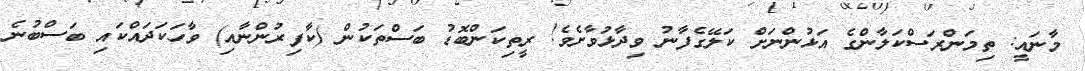
މާނައީ: ތިމަންރަސްްކަލާންގެ އަޅުންނަށް ކަލޭގެފާނު ވިދާޅުވާށެވެ! ރީތިކަންބޮޑު ބަސްތަކުން (ކާފިރުންނާއި) ވާހަކަދައްކައި ބަސްބުނެ